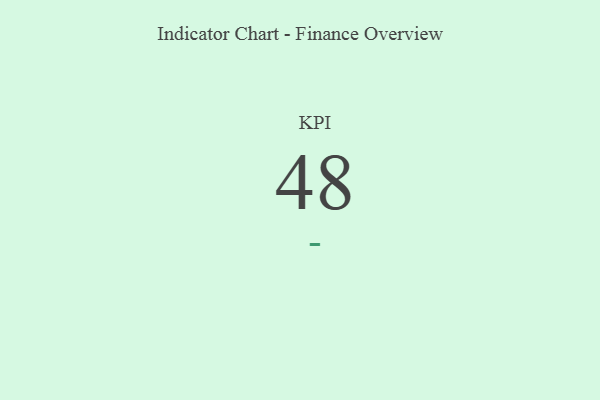
{"axis": {"x": "KPI", "y": "Value"}, "legend": [""], "data": [{"x": "KPI", "y": 48, "type": ""}]}